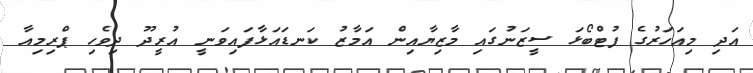
އަދި މިއަހަރުގެ ފުޓްބޯޅަ ސީޒަނުގައި މާޒިޔާއިން އަމާޒު ކަނޑައަޅާފައިވަނީ އުރީދޫ ދިވެހި ޕްރިމިއާ